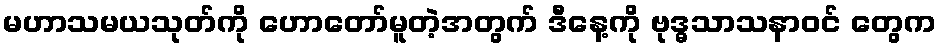
မဟာသမယသုတ်ကို ဟောတော်မူတဲ့အတွက် ဒီနေ့ကို ဗုဒ္ဓသာသနာဝင် တွေက